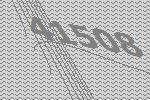
41508